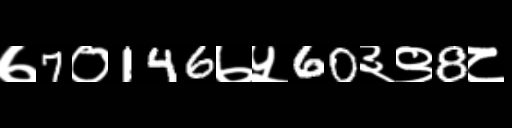
Text: ७7०146७५60३९8८